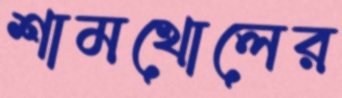
শামখোলের